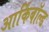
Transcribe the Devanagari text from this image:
आर्किबॉल्ड